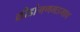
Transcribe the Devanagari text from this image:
क्रीडांगणमडगाव